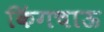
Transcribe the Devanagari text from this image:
किंगचाऊ